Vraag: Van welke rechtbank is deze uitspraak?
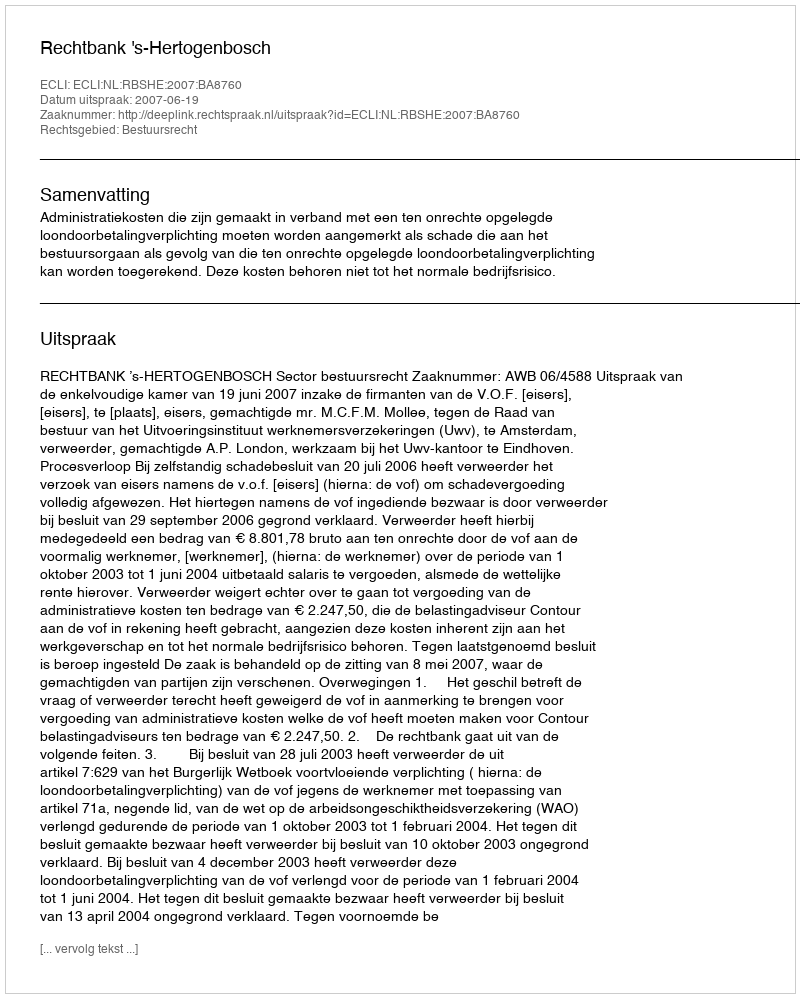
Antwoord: Rechtbank 's-Hertogenbosch